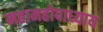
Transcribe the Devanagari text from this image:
महामहोपाध्‍याय